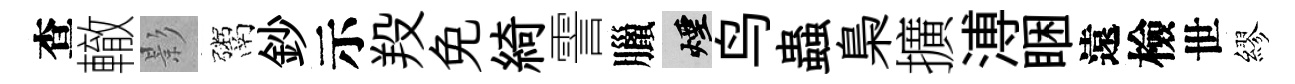
查轍影鬻鈔示羖免綺霅臘煙鸟蟲梟擴溥睏遠檢世繆